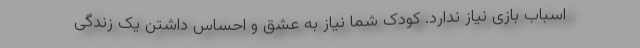
اسباب بازی نیاز ندارد. کودک شما نیاز به عشق و احساس داشتن یک زندگی